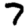
Digit: 7